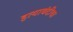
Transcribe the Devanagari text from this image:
हत्याबंदीचा